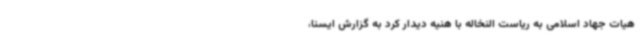
هیات جهاد اسلامی به ریاست النخاله با هنیه دیدار کرد به گزارش ایسنا،